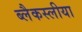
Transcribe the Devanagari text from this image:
ब्लैकस्लीया